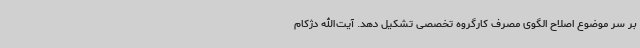
بر سر موضوع اصلاح الگوی مصرف کارگروه تخصصی تشکیل دهد. آیت‌الله دژکام